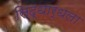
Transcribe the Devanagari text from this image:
सिद्धार्धला